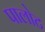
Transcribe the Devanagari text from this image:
पालोट